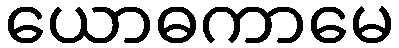
ယောဓကာမေ